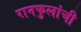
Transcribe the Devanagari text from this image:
रानफुलांची